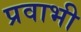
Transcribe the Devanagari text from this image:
प्रवाभी